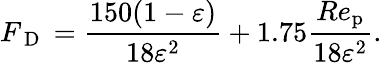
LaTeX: {F_{\mathrm{~D~}}}=\frac{150(1-\varepsilon)}{18\varepsilon^{2}}+1.75\frac{Re_{\mathrm{p}}}{18\varepsilon^{2}}.